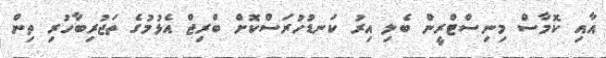
އާއި ކޮމާސް މިނިސްޓްރީން ބެލި އިރު ކަނޑުހުރަސްކޮށް ބްރިޖް އެޅުމުގެ ތަޖުރިބާހުރި ތިން